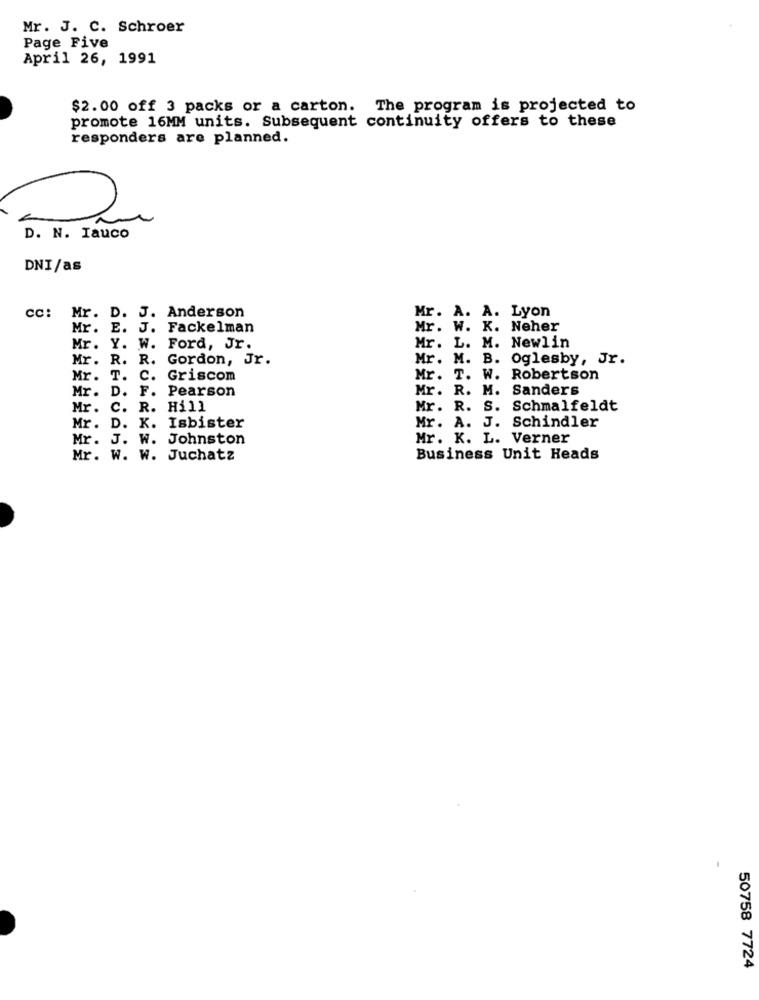
Mr. J. C. Schroer
Page Five
April 26, 1991
$2.00 off 3 packs or a carton. The program is projected to
promote 16MM units. Subsequent continuity offers to these
responders are planned.
D. N. Iauco
DNI/as
Mr. A. A. Lyon
CC:
Mr. D. J. Anderson
Mr. E. J. Fackelman
Mr. W. K. Neher
Mr. L. M. Newlin
Mr. Y. W. Ford, Jr.
Mr. R. R. Gordon, Jr.
Mr. M. B. Oglesby, Jr.
Mr. T.
c.
Griscom
Mr. T. W. Robertson
Mr. D.
F.
Pearson
Mr. R. M. Sanders
Mr .
c.
R. Hill
Mr. R. S. Schmalfeldt
K.
Mr. A. J. Schindler
Mr. D.
Isbister
Mr. J.
W.
Johnston
Mr. K. L. Verner
Mr. W. W. Juchatz
Business Unit Heads
50758 7724